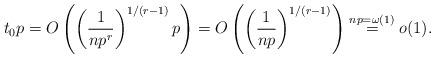
LaTeX: \begin{align*}t_0 p=O\left(\left(\frac{1}{np^r}\right)^{1/(r-1)}p\right)=O\left(\left(\frac{1}{np}\right)^{1/(r-1)}\right)\stackrel{np=\omega(1)}{=}o(1).\end{align*}